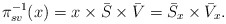
\begin{align*}\pi^{-1}_{sv}(x)=x\times\bar{S} \times\bar{V}=\bar{S}_{x}\times\bar{V}_{x}.\end{align*}